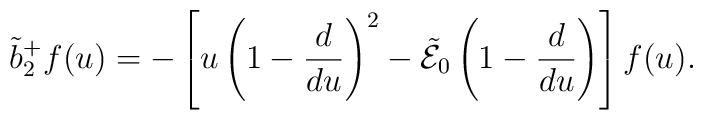
\tilde{b}_2^+f(u)=-\left[u\left(1-{d\over{du}}\right)^2   -\tilde{\cal E}_0\left(1-{d\over{du}}\right)\right]f(u).